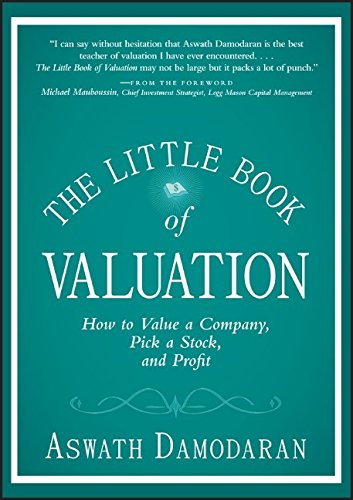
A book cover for The Little Book of Valuation: How to Value a Company, Pick a Stock and Profit; Aswath Damodaran; Business & Money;